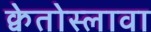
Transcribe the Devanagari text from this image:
क्वेतोस्लावा